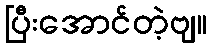
ပြီးအောင်တဲ့ဗျ။